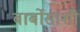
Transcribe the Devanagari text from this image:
बार्बोसाशी